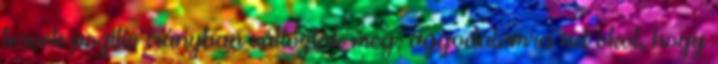
tervek pozitív irányban változtak meg, aggodalomra ad okot, hogy